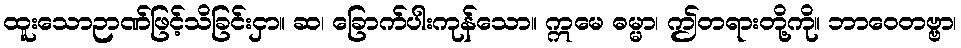
ထူးသောဉာဏ်ဖြင့်သိခြင်းငှာ။ ဆ၊ ခြောက်ပါးကုန်သော။ ဣမေ ဓမ္မာ၊ ဤတရားတို့ကို။ ဘာဝေတဗ္ဗာ၊